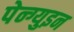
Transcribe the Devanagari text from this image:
पेन्ग्युइन